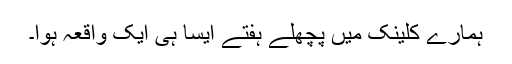
ہمارے کلینک میں پچھلے ہفتے ایسا ہی ایک واقعہ ہوا۔